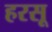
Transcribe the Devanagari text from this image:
हरसू